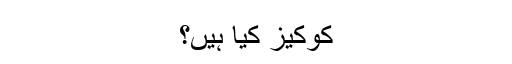
کوکیز کیا ہیں؟